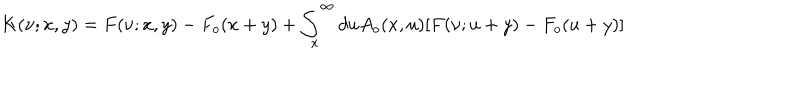
K ( \nu ; x , y ) = F ( \nu ; x , y ) - F _ { o } ( x + y ) + \int _ { x } ^ { \infty } d u A _ { o } ( x , u ) [ F ( \nu ; u + y ) - F _ { o } ( u + y ) ]